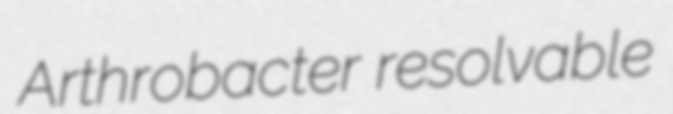
Arthrobacter resolvable